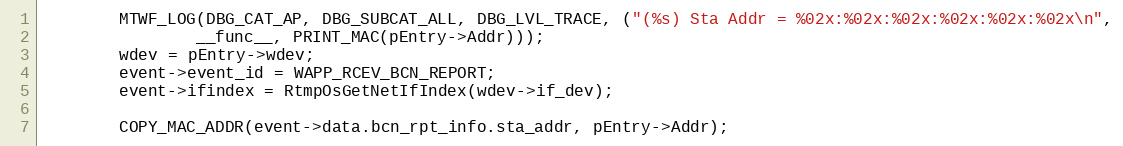
Language: C
		MTWF_LOG(DBG_CAT_AP, DBG_SUBCAT_ALL, DBG_LVL_TRACE, ("(%s) Sta Addr = %02x:%02x:%02x:%02x:%02x:%02x\n",
				__func__, PRINT_MAC(pEntry->Addr)));
		wdev = pEntry->wdev;
		event->event_id = WAPP_RCEV_BCN_REPORT;
		event->ifindex = RtmpOsGetNetIfIndex(wdev->if_dev);

		COPY_MAC_ADDR(event->data.bcn_rpt_info.sta_addr, pEntry->Addr);